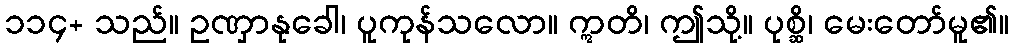
၁၁၄+ သည်။ ဥဏှာနုခေါ၊ ပူကုန်သလော။ ဣတိ၊ ဤသို့။ ပုစ္ဆိ၊ မေးတော်မူ၏။